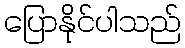
ပြောနိုင်ပါသည်